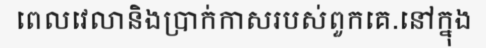
ពេលវេលានិងប្រាក់កាសរបស់ពួកគេ.នៅក្នុង